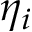
\eta _ { i }